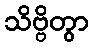
သိဗ္ဗိတွာ